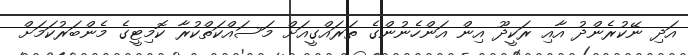
އަދި ނޭކުރެންދު އާއި ރަކީދޫ އިން އަންހެނުންގެ ތަރައްގީއަށް މަސައްކަތްކުރާ ކޮމިޓީގެ މެންބަރުކަމަށް